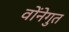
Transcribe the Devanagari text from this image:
वोंनेगुत